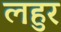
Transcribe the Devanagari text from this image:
लहुर